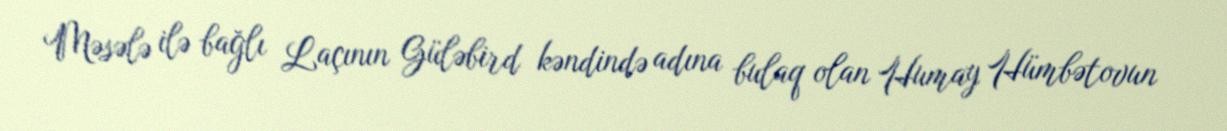
Məsələ ilə bağlı Laçının Güləbird kəndində adına bulaq olan Humay Hümbətovun